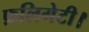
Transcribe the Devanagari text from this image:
फ़लिगेटी।